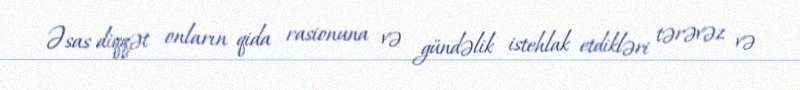
Əsas diqqət onların qida rasionuna və gündəlik istehlak etdikləri tərəvəz və